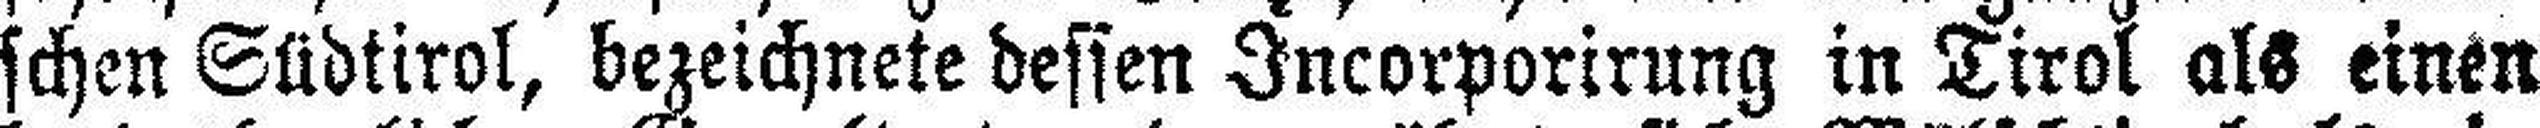
schen Südtirol, bezeichnete dessen Incorporirung in Tirol als einen